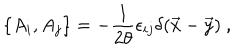
\{ A _ { i } , A _ { j } \} = - { \frac { 1 } { 2 \theta } } \epsilon _ { i j } \delta ( \vec { x } - \vec { y } ) ~ ,